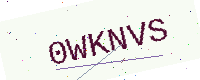
Text: 0WKNVS